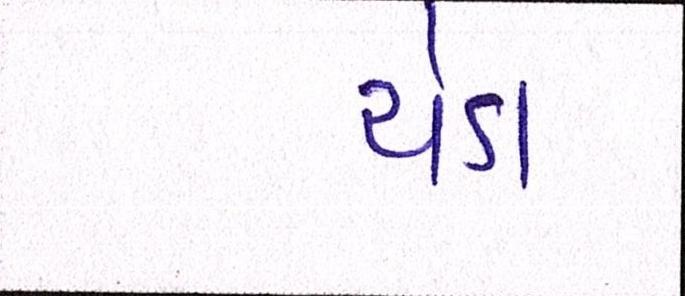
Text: ચેડા